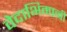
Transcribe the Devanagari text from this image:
वेदाभिमानी